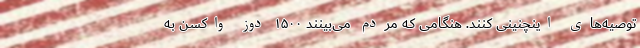
توصیه‌های اینچنینی کنند. هنگامی که مردم می‌بینند ۱۵۰۰ دوز واکسن به